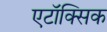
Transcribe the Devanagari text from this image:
एटॉक्सिक